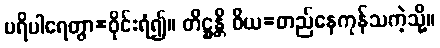
ပရိပါရေတွာ=ဝိုင်းရံ၍။ တိဋ္ဌန္တိ ဝိယ=တည်နေကုန်သကဲ့သို့။